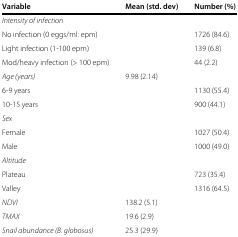
<table><thead><tr><td><b>Variable</b></td><td><b>Mean (std. dev)</b></td><td><b>Number (%)</b></td></tr></thead><tbody><tr><td><i>Intensity of infection</i></td><td></td><td></td></tr><tr><td>No infection (0 eggs/ml: epm)</td><td></td><td>1726 (84.6)</td></tr><tr><td>Light infection (1-100 epm)</td><td></td><td>139 (6.8)</td></tr><tr><td>Mod/heavy infection (&gt; 100 epm)</td><td></td><td>44 (2.2)</td></tr><tr><td><i>Age (years)</i></td><td>9.98 (2.14)</td><td></td></tr><tr><td>6-9 years</td><td></td><td>1130 (55.4)</td></tr><tr><td>10-15 years</td><td></td><td>900 (44.1)</td></tr><tr><td><i>Sex</i></td><td></td><td></td></tr><tr><td>Female</td><td></td><td>1027 (50.4)</td></tr><tr><td>Male</td><td></td><td>1000 (49.0)</td></tr><tr><td><i>Altitude</i></td><td></td><td></td></tr><tr><td>Plateau</td><td></td><td>723 (35.4)</td></tr><tr><td>Valley</td><td></td><td>1316 (64.5)</td></tr><tr><td><i>NDVI</i></td><td>138.2 (5.1)</td><td></td></tr><tr><td><i>TMAX</i></td><td>19.6 (2.9)</td><td></td></tr><tr><td><i>Snail abundance (B. globosus)</i></td><td>25.3 (29.9)</td><td></td></tr></tbody></table>